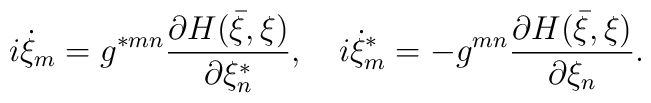
i\dot\xi_m=g^{\ast mn}\frac{\partial H(\bar\xi,\xi)}{\partial \xi^{\ast}_n},\quad  i\dot\xi^{\ast}_m=-g^{mn}\frac{\partial  H(\bar\xi,\xi)}{\partial \xi_n}.